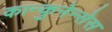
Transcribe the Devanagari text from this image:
कान्कुनेन्सेस